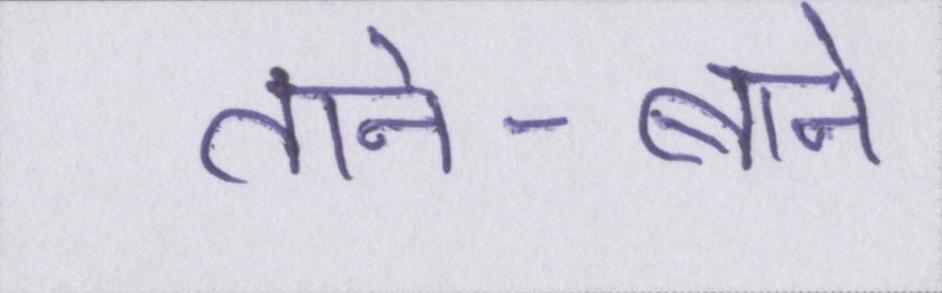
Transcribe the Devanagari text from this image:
ताने-बाने